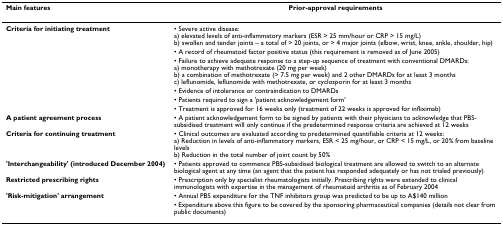
<table><thead><tr><td><b>Main features</b></td><td><b>Prior-approval requirements</b></td></tr></thead><tbody><tr><td><b>Criteria for initiating treatment</b></td><td>• Severe active disease:a) elevated levels of anti-inflammatory markers (ESR &gt; 25 mm/hour or CRP &gt; 15 mg/L)b) swollen and tender joints – a total of &gt; 20 joints, or &gt; 4 major joints (elbow, wrist, knee, ankle, shoulder, hip)</td></tr><tr><td></td><td>• A record of rheumatoid factor positive status (this requirement is removed as of June 2005)</td></tr><tr><td></td><td>• Failure to achieve adequate response to a step-up sequence of treatment with conventional DMARDs:a) monotherapy with methotrexate (20 mg per week)b) a combination of methotrexate (&gt; 7.5 mg per week) and 2 other DMARDs for at least 3 monthsc) leflunomide, leflunomide with methotrexate, or cyclosporin for at least 3 months</td></tr><tr><td></td><td>• Evidence of intolerance or contraindication to DMARDs</td></tr><tr><td></td><td>• Patients required to sign a &#x27;patient acknowledgement form&#x27;</td></tr><tr><td></td><td>• Treatment is approved for 16 weeks only (treatment of 22 weeks is approved for infliximab)</td></tr><tr><td><b>A patient agreement process</b></td><td>• A patient acknowledgement form to be signed by patients with their physicians to acknowledge that PBS-subsidised treatment will only continue if the predetermined response criteria are achieved at 12 weeks</td></tr><tr><td><b>Criteria for continuing treatment</b></td><td>• Clinical outcomes are evaluated according to predetermined quantifiable criteria at 12 weeks:a) Reduction in levels of anti-inflammatory markers, ESR &lt; 25 mg/hour, or CRP &lt; 15 mg/L, or 20% from baseline levelsb) Reduction in the total number of joint count by 50%</td></tr><tr><td><b>&#x27;Interchangeability&#x27; (introduced December 2004)</b></td><td>• Patients approved to commence PBS-subsidised biological treatment are allowed to switch to an alternate biological agent at any time (an agent that the patient has responded adequately or has not trialed previously)</td></tr><tr><td><b>Restricted prescribing rights</b></td><td>• Prescription only by specialist rheumatologists initially. Prescribing rights were extended to clinical immunologists with expertise in the management of rheumatoid arthritis as of February 2004</td></tr><tr><td><b>&#x27;Risk-mitigation&#x27; arrangement </b></td><td>• Annual PBS expenditure for the TNF inhibitors group was predicted to be up to A$140 million</td></tr><tr><td></td><td>• Expenditure above this figure to be covered by the sponsoring pharmaceutical companies (details not clear from public documents)</td></tr></tbody></table>